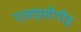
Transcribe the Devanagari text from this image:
एआइसीपीइ